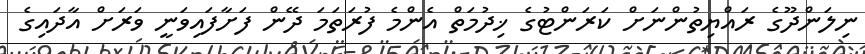
ނިލަންދޫގެ ރައްޔިތުންނަށް ކަރަންޓުގެ ޚިދުމަތް އެންމެ ފުރަތަމަ ދޭން ފަށާފައިވަނީ ވަރަށް އާދައިގެ